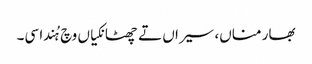
بھار مناں، سیراں تے چھٹانکیاں وچ ہُندا سی۔